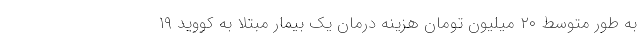
به طور متوسط ۲۰ میلیون تومان هزینه درمان یک بیمار مبتلا به کووید ۱۹